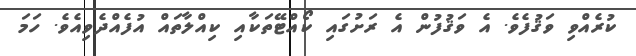
ކުރެއްވި ވަޤުފެވެ. އެ ވަޤުފުން އެ ރަށުގައި ކޯއްޓޭތަކާއި ކިއްލާތައް އުފެއްދެވިއެވެ. ހަމަ